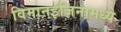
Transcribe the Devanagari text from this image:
विमानइंजिनामध्ये